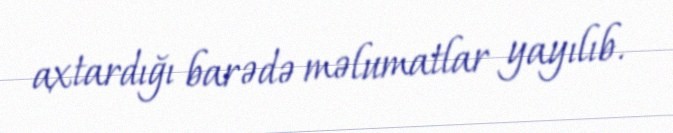
axtardığı barədə məlumatlar yayılıb.